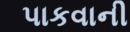
પાકવાની